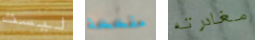
ليست مفخخة مغادرته